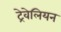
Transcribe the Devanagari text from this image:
ट्रेवेलियन